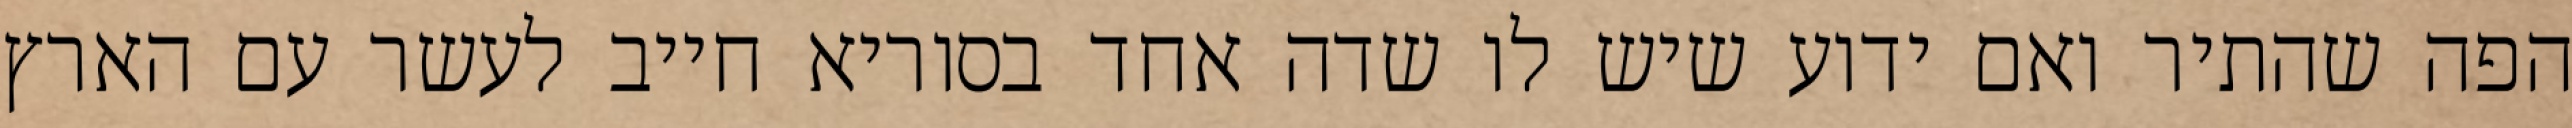
הפה שהתיר ואם ידוע שיש לו שדה אחד בסוריא חייב לעשר עם הארץ